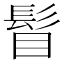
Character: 𩬞